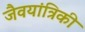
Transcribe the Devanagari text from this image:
जैवयांत्रिकी